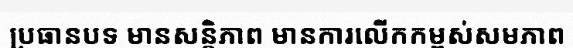
ប្រធានបទ មានសន្តិភាព មានការលើកកម្ពស់សមភាព